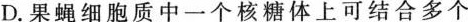
D.果蝇细胞质中一个核糖体上可结合多个